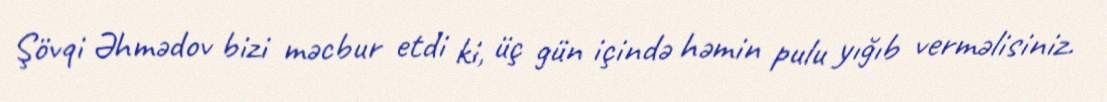
Şövqi Əhmədov bizi məcbur etdi ki, üç gün içində həmin pulu yığıb verməlisiniz.